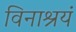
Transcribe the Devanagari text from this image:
विनाश्रयं